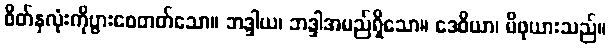
စိတ်နှလုံးကိုပွားစေတတ်သော။ ဘဒ္ဒါယ၊ ဘဒ္ဒါအမည်ရှိသော။ ဒေဝိယာ၊ မိဖုယားသည်။